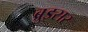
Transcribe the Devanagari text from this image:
ब्रुइसर